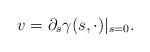
LaTeX: \begin{align*}v=\partial_s\gamma(s,\cdot)|_{s=0}.\end{align*}